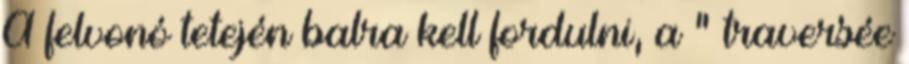
A felvonó tetején balra kell fordulni, a " traversée